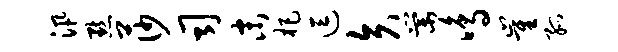
汛默莎司末杷逗矢棠鸣崔孤